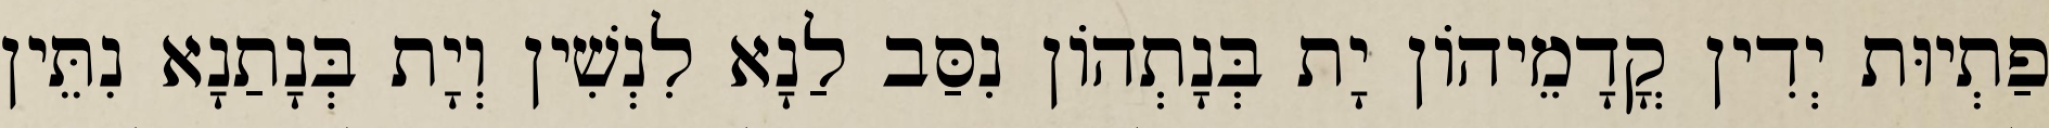
פַתְיוּת יְדִין קֳדָמֵיהוֹן יָת בְּנָתְהוֹן נִסַּב לַנָא לִנְשִׁין וְיָת בְּנָתַנָא נִתֵּין